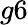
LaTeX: g6